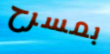
بمسرح